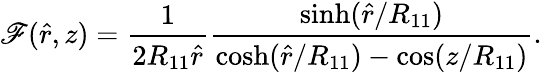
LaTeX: \mathscr{F}(\hat{{r}},z)=\frac{{1}}{{2R_{11}\hat{{r}}}}\frac{{\sinh(\hat{{r}}/R_{11})}}{{\cosh(\hat{{r}}/R_{11})-\cos(z/R_{11})}}.